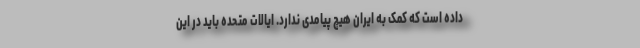
داده است که کمک به ایران هیچ پیامدی ندارد. ایالات متحده باید در این